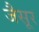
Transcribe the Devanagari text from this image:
जैसूर